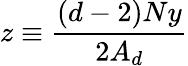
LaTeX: z\equiv\frac{(d-2)Ny}{2A_{d}}